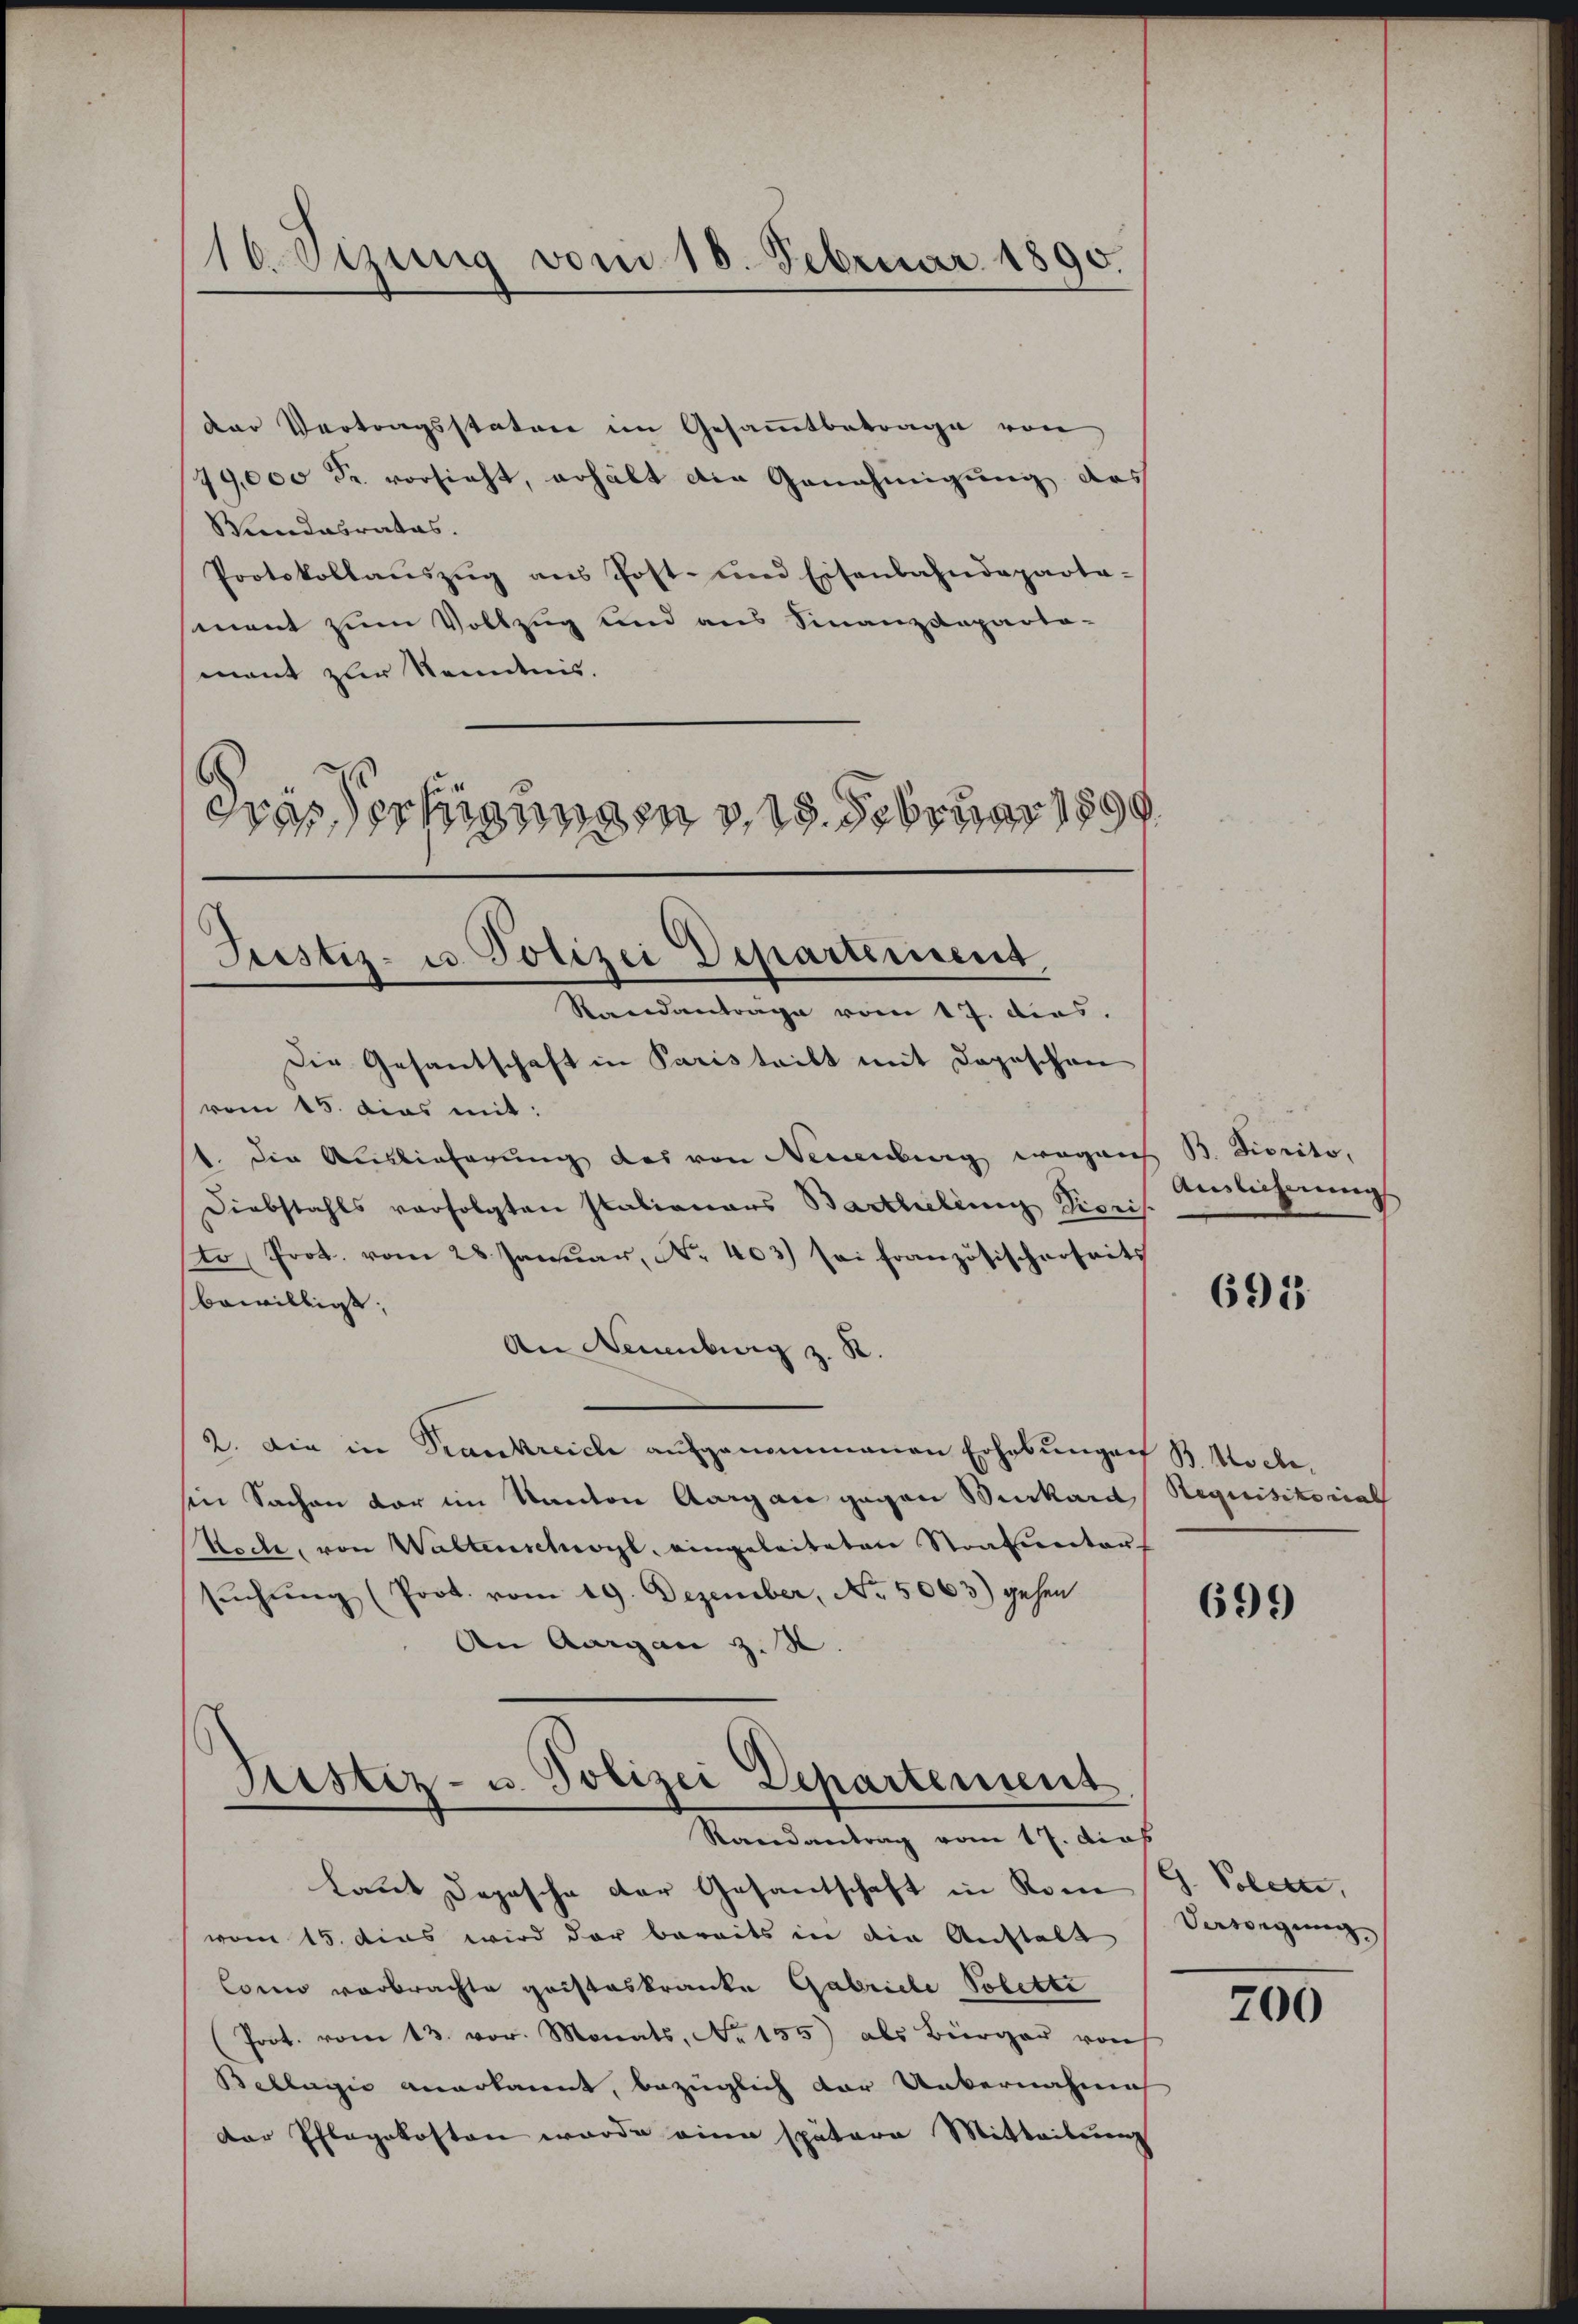
16. Sizung vom 18. Februar 1890.

der Vertragsstaten im Gesammtbetrage von
49,000 Fr. vorsieht, erhält die Genehmigung des
Wundesrates.
Protokollaŭszŭg ans Post- und Eisenbahndeparta-
mant zum Vollzug und aus Finanzdeparta-
ment zur Kenntnis.
drassertigungen v. 15. Februar 1899

Justiz- u. Polizei Departement.
Standantrage vom 17. dies.

Die Gesantschaft in Paristritt mit Depeschen
vom 15. dies mit:
1. Die Auslieferung des von Neuenburg wegen B. Fiorito.
Diebstahls verfolgten Stationars Bartheling Vioris
sto Prot. vom 28. Januar, No. 403) sei französischerseits
bewilligt.
An Neuenburg z. R.
2. Die in Trankreich aufgenommenen Erhebungen B. Koch,
sin Sachen vor im Kanton Aargau gegen Burkard Requisitorial
Koch, von Waltenschwyl eingeleiteten Strafvertauf
sŭchŭng (Prot. vom 19. Dezember, No. 5063) gehen
An Aargau z. S

Justiz- u. Polizei Departement
Randantrag vom 17. dies

Anslicherung

Laut Dopasche der Gesandschaft in Rom G. Polete,
vom 15. dies wird der bereits in die Anstalt
Como vorbrachte gristeskranke Gabriele Polette
Prot. vom 13. vor. Monats, No 155) als Bürger von
Bellegio anerkannt, bezüglich der Uebernahme
der Pflegekosten wurde eine spätere Mitteilung

691

699

Vewegung

200